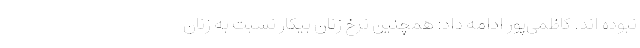
نبوده اند. کاظمی‌پور ادامه داد: همچنین نرخ زنان بیکار نسبت به زنان